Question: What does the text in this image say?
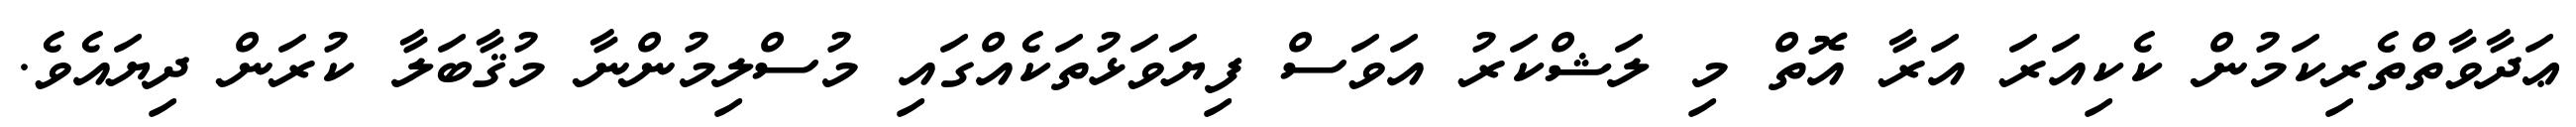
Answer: ޢަދާވާތްތެރިކަމުން ކެކިއަރަ އަރާ އޮތް މި ލަޝްކަރު އަވަސް ފިޔަވަޅުތަކެއްގައި މުސްލިމުންނާ މުޤާބަލާ ކުރަން ދިޔައެވެ.